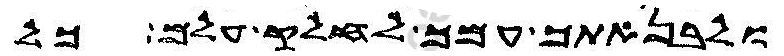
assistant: ולבנאתך עמך לחלק עלם כל